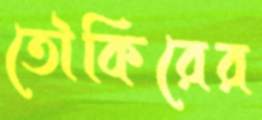
তৌকিরের